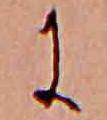
に